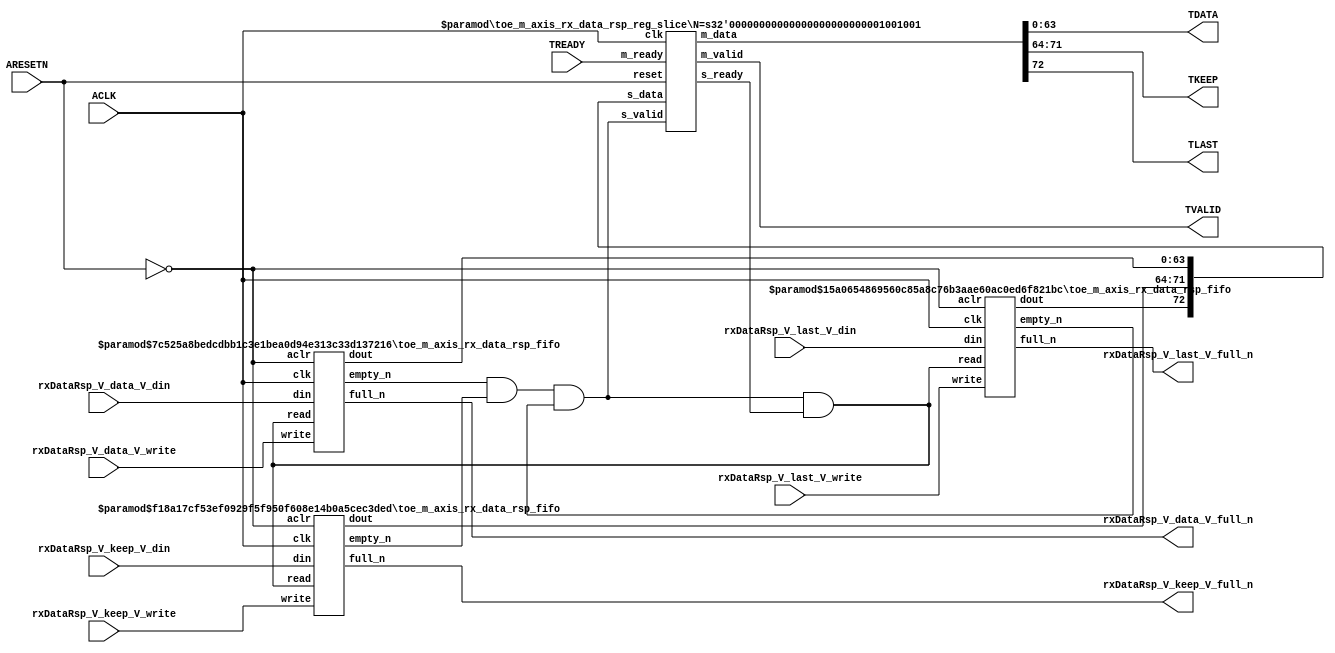
// This program was cloned from: https://github.com/mustafabbas/ECE1373_2016_hft_on_fpga
// License: MIT License

// ==============================================================
// File generated by Vivado(TM) HLS - High-Level Synthesis from C, C++ and SystemC
// Version: 2015.1
// Copyright (C) 2015 Xilinx Inc. All rights reserved.
// 
// ==============================================================


`timescale 1ns/1ps

module toe_m_axis_rx_data_rsp_if (
    // AXI4-Stream singals
    input  wire        ACLK,
    input  wire        ARESETN,
    output wire        TVALID,
    input  wire        TREADY,
    output wire [63:0] TDATA,
    output wire [7:0]  TKEEP,
    output wire [0:0]  TLAST,
    // User signals
    input  wire [63:0] rxDataRsp_V_data_V_din,
    output wire        rxDataRsp_V_data_V_full_n,
    input  wire        rxDataRsp_V_data_V_write,
    input  wire [7:0]  rxDataRsp_V_keep_V_din,
    output wire        rxDataRsp_V_keep_V_full_n,
    input  wire        rxDataRsp_V_keep_V_write,
    input  wire [0:0]  rxDataRsp_V_last_V_din,
    output wire        rxDataRsp_V_last_V_full_n,
    input  wire        rxDataRsp_V_last_V_write
);
//------------------------Local signal-------------------
// FIFO
wire [0:0]  fifo_read;
wire [0:0]  fifo_empty_n;
wire [63:0] rxDataRsp_V_data_V_dout;
wire [0:0]  rxDataRsp_V_data_V_empty_n;
wire [7:0]  rxDataRsp_V_keep_V_dout;
wire [0:0]  rxDataRsp_V_keep_V_empty_n;
wire [0:0]  rxDataRsp_V_last_V_dout;
wire [0:0]  rxDataRsp_V_last_V_empty_n;
// register slice
wire [0:0]  s_valid;
wire [0:0]  s_ready;
wire [72:0] s_data;
wire [0:0]  m_valid;
wire [0:0]  m_ready;
wire [72:0] m_data;

//------------------------Instantiation------------------
// rs
toe_m_axis_rx_data_rsp_reg_slice #(
    .N       ( 73 )
) rs (
    .clk     ( ACLK ),
    .reset   ( ARESETN ),
    .s_data  ( s_data ),
    .s_valid ( s_valid ),
    .s_ready ( s_ready ),
    .m_data  ( m_data ),
    .m_valid ( m_valid ),
    .m_ready ( m_ready )
);

// rxDataRsp_V_data_V_fifo
toe_m_axis_rx_data_rsp_fifo #(
    .DATA_BITS  ( 64 ),
    .DEPTH_BITS ( 4 )
) rxDataRsp_V_data_V_fifo (
    .clk        ( ACLK ),
    .aclr       ( ~ARESETN ),
    .empty_n    ( rxDataRsp_V_data_V_empty_n ),
    .full_n     ( rxDataRsp_V_data_V_full_n ),
    .read       ( fifo_read ),
    .write      ( rxDataRsp_V_data_V_write ),
    .dout       ( rxDataRsp_V_data_V_dout ),
    .din        ( rxDataRsp_V_data_V_din )
);

// rxDataRsp_V_keep_V_fifo
toe_m_axis_rx_data_rsp_fifo #(
    .DATA_BITS  ( 8 ),
    .DEPTH_BITS ( 4 )
) rxDataRsp_V_keep_V_fifo (
    .clk        ( ACLK ),
    .aclr       ( ~ARESETN ),
    .empty_n    ( rxDataRsp_V_keep_V_empty_n ),
    .full_n     ( rxDataRsp_V_keep_V_full_n ),
    .read       ( fifo_read ),
    .write      ( rxDataRsp_V_keep_V_write ),
    .dout       ( rxDataRsp_V_keep_V_dout ),
    .din        ( rxDataRsp_V_keep_V_din )
);

// rxDataRsp_V_last_V_fifo
toe_m_axis_rx_data_rsp_fifo #(
    .DATA_BITS  ( 1 ),
    .DEPTH_BITS ( 4 )
) rxDataRsp_V_last_V_fifo (
    .clk        ( ACLK ),
    .aclr       ( ~ARESETN ),
    .empty_n    ( rxDataRsp_V_last_V_empty_n ),
    .full_n     ( rxDataRsp_V_last_V_full_n ),
    .read       ( fifo_read ),
    .write      ( rxDataRsp_V_last_V_write ),
    .dout       ( rxDataRsp_V_last_V_dout ),
    .din        ( rxDataRsp_V_last_V_din )
);

//------------------------Body---------------------------
//++++++++++++++++++++++++AXI4-Stream++++++++++++++++++++
assign TVALID = m_valid;
assign TDATA  = m_data[63:0];
assign TKEEP  = m_data[71:64];
assign TLAST  = m_data[72:72];

//+++++++++++++++++++++++++++++++++++++++++++++++++++++++

//++++++++++++++++++++++++Reigister Slice++++++++++++++++
assign s_valid = fifo_empty_n;
assign m_ready = TREADY;
assign s_data  = {rxDataRsp_V_last_V_dout, rxDataRsp_V_keep_V_dout, rxDataRsp_V_data_V_dout};

//+++++++++++++++++++++++++++++++++++++++++++++++++++++++

//++++++++++++++++++++++++FIFO+++++++++++++++++++++++++++
assign fifo_read    = fifo_empty_n & s_ready;
assign fifo_empty_n = rxDataRsp_V_data_V_empty_n & rxDataRsp_V_keep_V_empty_n & rxDataRsp_V_last_V_empty_n;

//+++++++++++++++++++++++++++++++++++++++++++++++++++++++

endmodule



`timescale 1ns/1ps

module toe_m_axis_rx_data_rsp_fifo
#(parameter
    DATA_BITS  = 8,
    DEPTH_BITS = 4
)(
    input  wire                 clk,
    input  wire                 aclr,
    output wire                 empty_n,
    output wire                 full_n,
    input  wire                 read,
    input  wire                 write,
    output wire [DATA_BITS-1:0] dout,
    input  wire [DATA_BITS-1:0] din
);
//------------------------Parameter----------------------
localparam
    DEPTH = 1 << DEPTH_BITS;
//------------------------Local signal-------------------
reg                   empty;
reg                   full;
reg  [DEPTH_BITS-1:0] index;
reg  [DATA_BITS-1:0]  mem[0:DEPTH-1];
//------------------------Body---------------------------
assign empty_n = ~empty;
assign full_n  = ~full;
assign dout    = mem[index];

// empty
always @(posedge clk or posedge aclr) begin
    if (aclr)
        empty <= 1'b1;
    else if (empty & write & ~read)
        empty <= 1'b0;
    else if (~empty & ~write & read & (index==1'b0))
        empty <= 1'b1;
end

// full
always @(posedge clk or posedge aclr) begin
    if (aclr)
        full <= 1'b0;
    else if (full & read & ~write)
        full <= 1'b0;
    else if (~full & ~read & write & (index==DEPTH-2'd2))
        full <= 1'b1;
end

// index
always @(posedge clk or posedge aclr) begin
    if (aclr)
        index <= {DEPTH_BITS{1'b1}};
    else if (~empty & ~write & read)
        index <= index - 1'b1;
    else if (~full & ~read & write)
        index <= index + 1'b1;
end

// mem
always @(posedge clk) begin
    if (~full & write) mem[0] <= din;
end

genvar i;
generate
    for (i = 1; i < DEPTH; i = i + 1) begin : gen_sr
        always @(posedge clk) begin
            if (~full & write) mem[i] <= mem[i-1];
        end
    end
endgenerate

endmodule

`timescale 1ns/1ps

module toe_m_axis_rx_data_rsp_reg_slice
#(parameter
    N = 8   // data width
) (
    // system signals
    input  wire         clk,
    input  wire         reset,
    // slave side
    input  wire [N-1:0] s_data,
    input  wire         s_valid,
    output wire         s_ready,
    // master side
    output wire [N-1:0] m_data,
    output wire         m_valid,
    input  wire         m_ready
);
//------------------------Parameter----------------------
// state
localparam [1:0]
    ZERO = 2'b10,
    ONE  = 2'b11,
    TWO  = 2'b01;
//------------------------Local signal-------------------
reg  [N-1:0] data_p1;
reg  [N-1:0] data_p2;
wire         load_p1;
wire         load_p2;
wire         load_p1_from_p2;
reg          s_ready_t;
reg  [1:0]   state;
reg  [1:0]   next;
//------------------------Body---------------------------
assign s_ready = s_ready_t;
assign m_data  = data_p1;
assign m_valid = state[0];

assign load_p1 = (state == ZERO && s_valid) ||
                 (state == ONE && s_valid && m_ready) ||
                 (state == TWO && m_ready);
assign load_p2 = s_valid & s_ready;
assign load_p1_from_p2 = (state == TWO);

// data_p1
always @(posedge clk) begin
    if (load_p1) begin
        if (load_p1_from_p2)
            data_p1 <= data_p2;
        else
            data_p1 <= s_data;
    end
end

// data_p2
always @(posedge clk) begin
    if (load_p2) data_p2 <= s_data;
end

// s_ready_t
always @(posedge clk) begin
    if (~reset)
        s_ready_t <= 1'b0;
    else if (state == ZERO)
        s_ready_t <= 1'b1;
    else if (state == ONE && next == TWO)
        s_ready_t <= 1'b0;
    else if (state == TWO && next == ONE)
        s_ready_t <= 1'b1;
end

// state
always @(posedge clk) begin
    if (~reset)
        state <= ZERO;
    else
        state <= next;
end

// next
always @(*) begin
    case (state)
        ZERO:
            if (s_valid & s_ready)
                next = ONE;
            else
                next = ZERO;
        ONE:
            if (~s_valid & m_ready)
                next = ZERO;
            else if (s_valid & ~m_ready)
                next = TWO;
            else
                next = ONE;
        TWO:
            if (m_ready)
                next = ONE;
            else
                next = TWO;
        default:
            next = ZERO;
    endcase
end

endmodule